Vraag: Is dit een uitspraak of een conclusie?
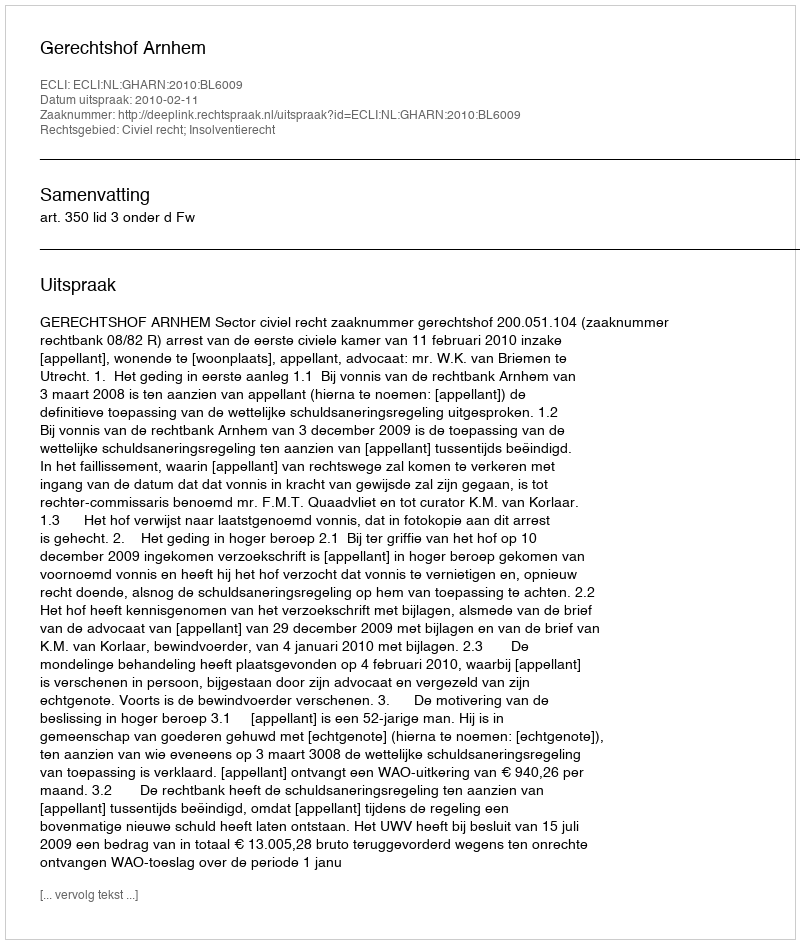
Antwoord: Uitspraak